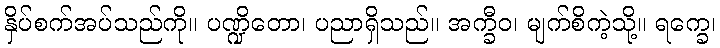
နှိပ်စက်အပ်သည်ကို။ ပဏ္ဍိတော၊ ပညာရှိသည်။ အက္ခီဝ၊ မျက်စိကဲ့သို့။ ရက္ခေ၊